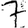
Digit: 7